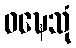
ဝဍ္ဎေသုံ